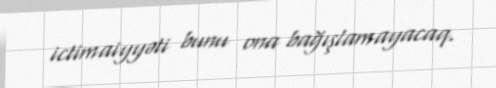
ictimaiyyəti bunu ona bağışlamayacaq.